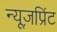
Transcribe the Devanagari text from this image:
न्यूज़प्रिंट